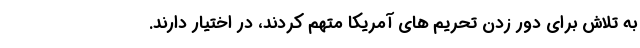
به تلاش برای دور زدن تحریم های آمریکا متهم کردند، در اختیار دارند.